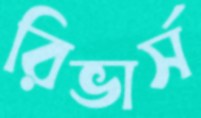
রিভার্স